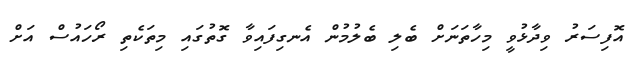
އޮފިސަރު ވިދާޅުވީ މިހާތަނަށް ބެލި ބެލުމުން އެނގިފައިވާ ގޮތުގައި މިތަކެތި ރޯހައުސް އަށް